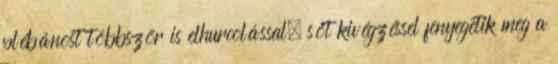
plébánost többször is elhurcolással, sőt kivégzéssel fenyegetik meg a